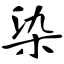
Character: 染